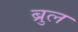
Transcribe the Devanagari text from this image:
ब्रुल